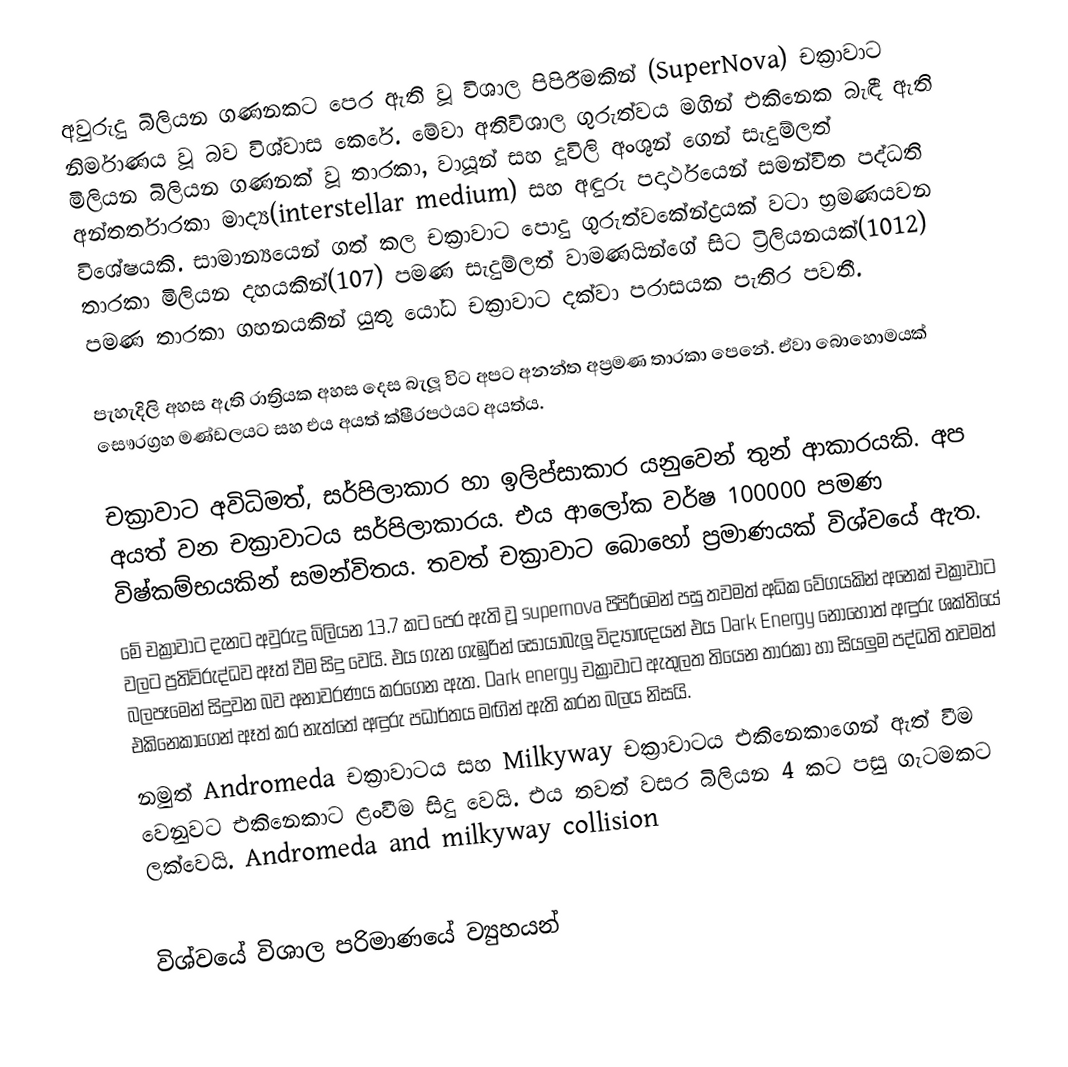
අවුරුදු බිලියන ගණනකට පෙර ඇති වූ විශාල පිපිරීමකින් (SuperNova) චක්‍රාවාට නිර්මාණය වූ බව විශ්වාස කෙරේ. මේවා අතිවිශාල ගුරුත්වය මගින් එකිනෙක බැඳී ඇති මිලියන බිලියන ගණනක් වූ තාරකා, වායූන් සහ දූවිලි අංශුන් ගෙන් සැදුම්ලත් අන්තර්තාරකා මාද්‍ය(interstellar medium) සහ අඳුරු පදාර්ථයෙන් සමන්විත පද්ධති විශේෂයකි. සාමාන්‍යයෙන් ගත් කල චක්‍රාවාට පොදු  ගුරුත්වකේන්ද්‍රයක් වටා භ්‍රමණයවන තාරකා මිලියන දහයකින්(107) පමණ සැදුම්ලත් වාමණයින්ගේ සිට ට්‍රිලියනයක්(1012) පමණ තාරකා ගහනයකින් යුතු යෝධ චක්‍රාවාට දක්වා පරාසයක පැතිර පවතී.

පැහැදිලි අහස ඇති රාත්‍රියක අහස දෙස බැලූ විට අපට අනන්ත අප්‍රමණ තාරකා පෙනේ. ඒවා බොහොමයක් සෞරග්‍රහ මණ්ඩලයට සහ එය අයත් ක්ෂීරපථයට අයත්ය.

චක්‍රාවාට අවිධිමත්, සර්පිලාකාර හා ඉලිප්සාකාර යනුවෙන් තුන් ආකාරයකි. අප අයත් වන චක්‍රාවාටය සර්පිලාකාරය. එය ආලෝක වර්ෂ 100000 පමණ විෂ්කම්භයකින් සමන්විතය. තවත් චක්‍රාවාට බොහෝ ප්‍රමාණයක්‌ විශ්වයේ ඇත.
මේ චක්‍රාවාට දැනට අවුරුදු බිලියන 13.7 කට පෙර ඇති වූ supernova පිපිරීමෙන් පසු තවමත් අධික වේගයකින් අනෙක් චක්‍රාවාට වලට ප්‍රතිවිරුද්ධව ඈත් වීම සිදු වෙයි. එය ගැන ගැඹුරින් සොයාබැලූ විද්‍යාඥයන් එය Dark Energy නොහොත් අඳුරු ශක්තියේ බලපෑමෙන් සිදුවන බව අනාවරණය කරගෙන ඇත. Dark energy චක්‍රාවාට ඇතුලත තියෙන තාරකා හා සියලුම පද්ධති තවමත් එකිනෙකාගෙන් ඈත් කර නැත්තේ අඳුරු පධාර්තය මඟින් ඇති කරන බලය නිසයි.
නමුත් Andromeda චක්‍රාවාටය සහ Milkyway චක්‍රාවාටය එකිනෙකාගෙන් ඇත් වීම වෙනුවට එකිනෙකාට ළංවීම සිදු වෙයි. එය තවත් වසර බිලියන 4 කට පසු ගැටමකට ලක්වෙයි. Andromeda and milkyway collision

විශ්වයේ විශාල පරිමාණයේ ව්‍යුහයන්